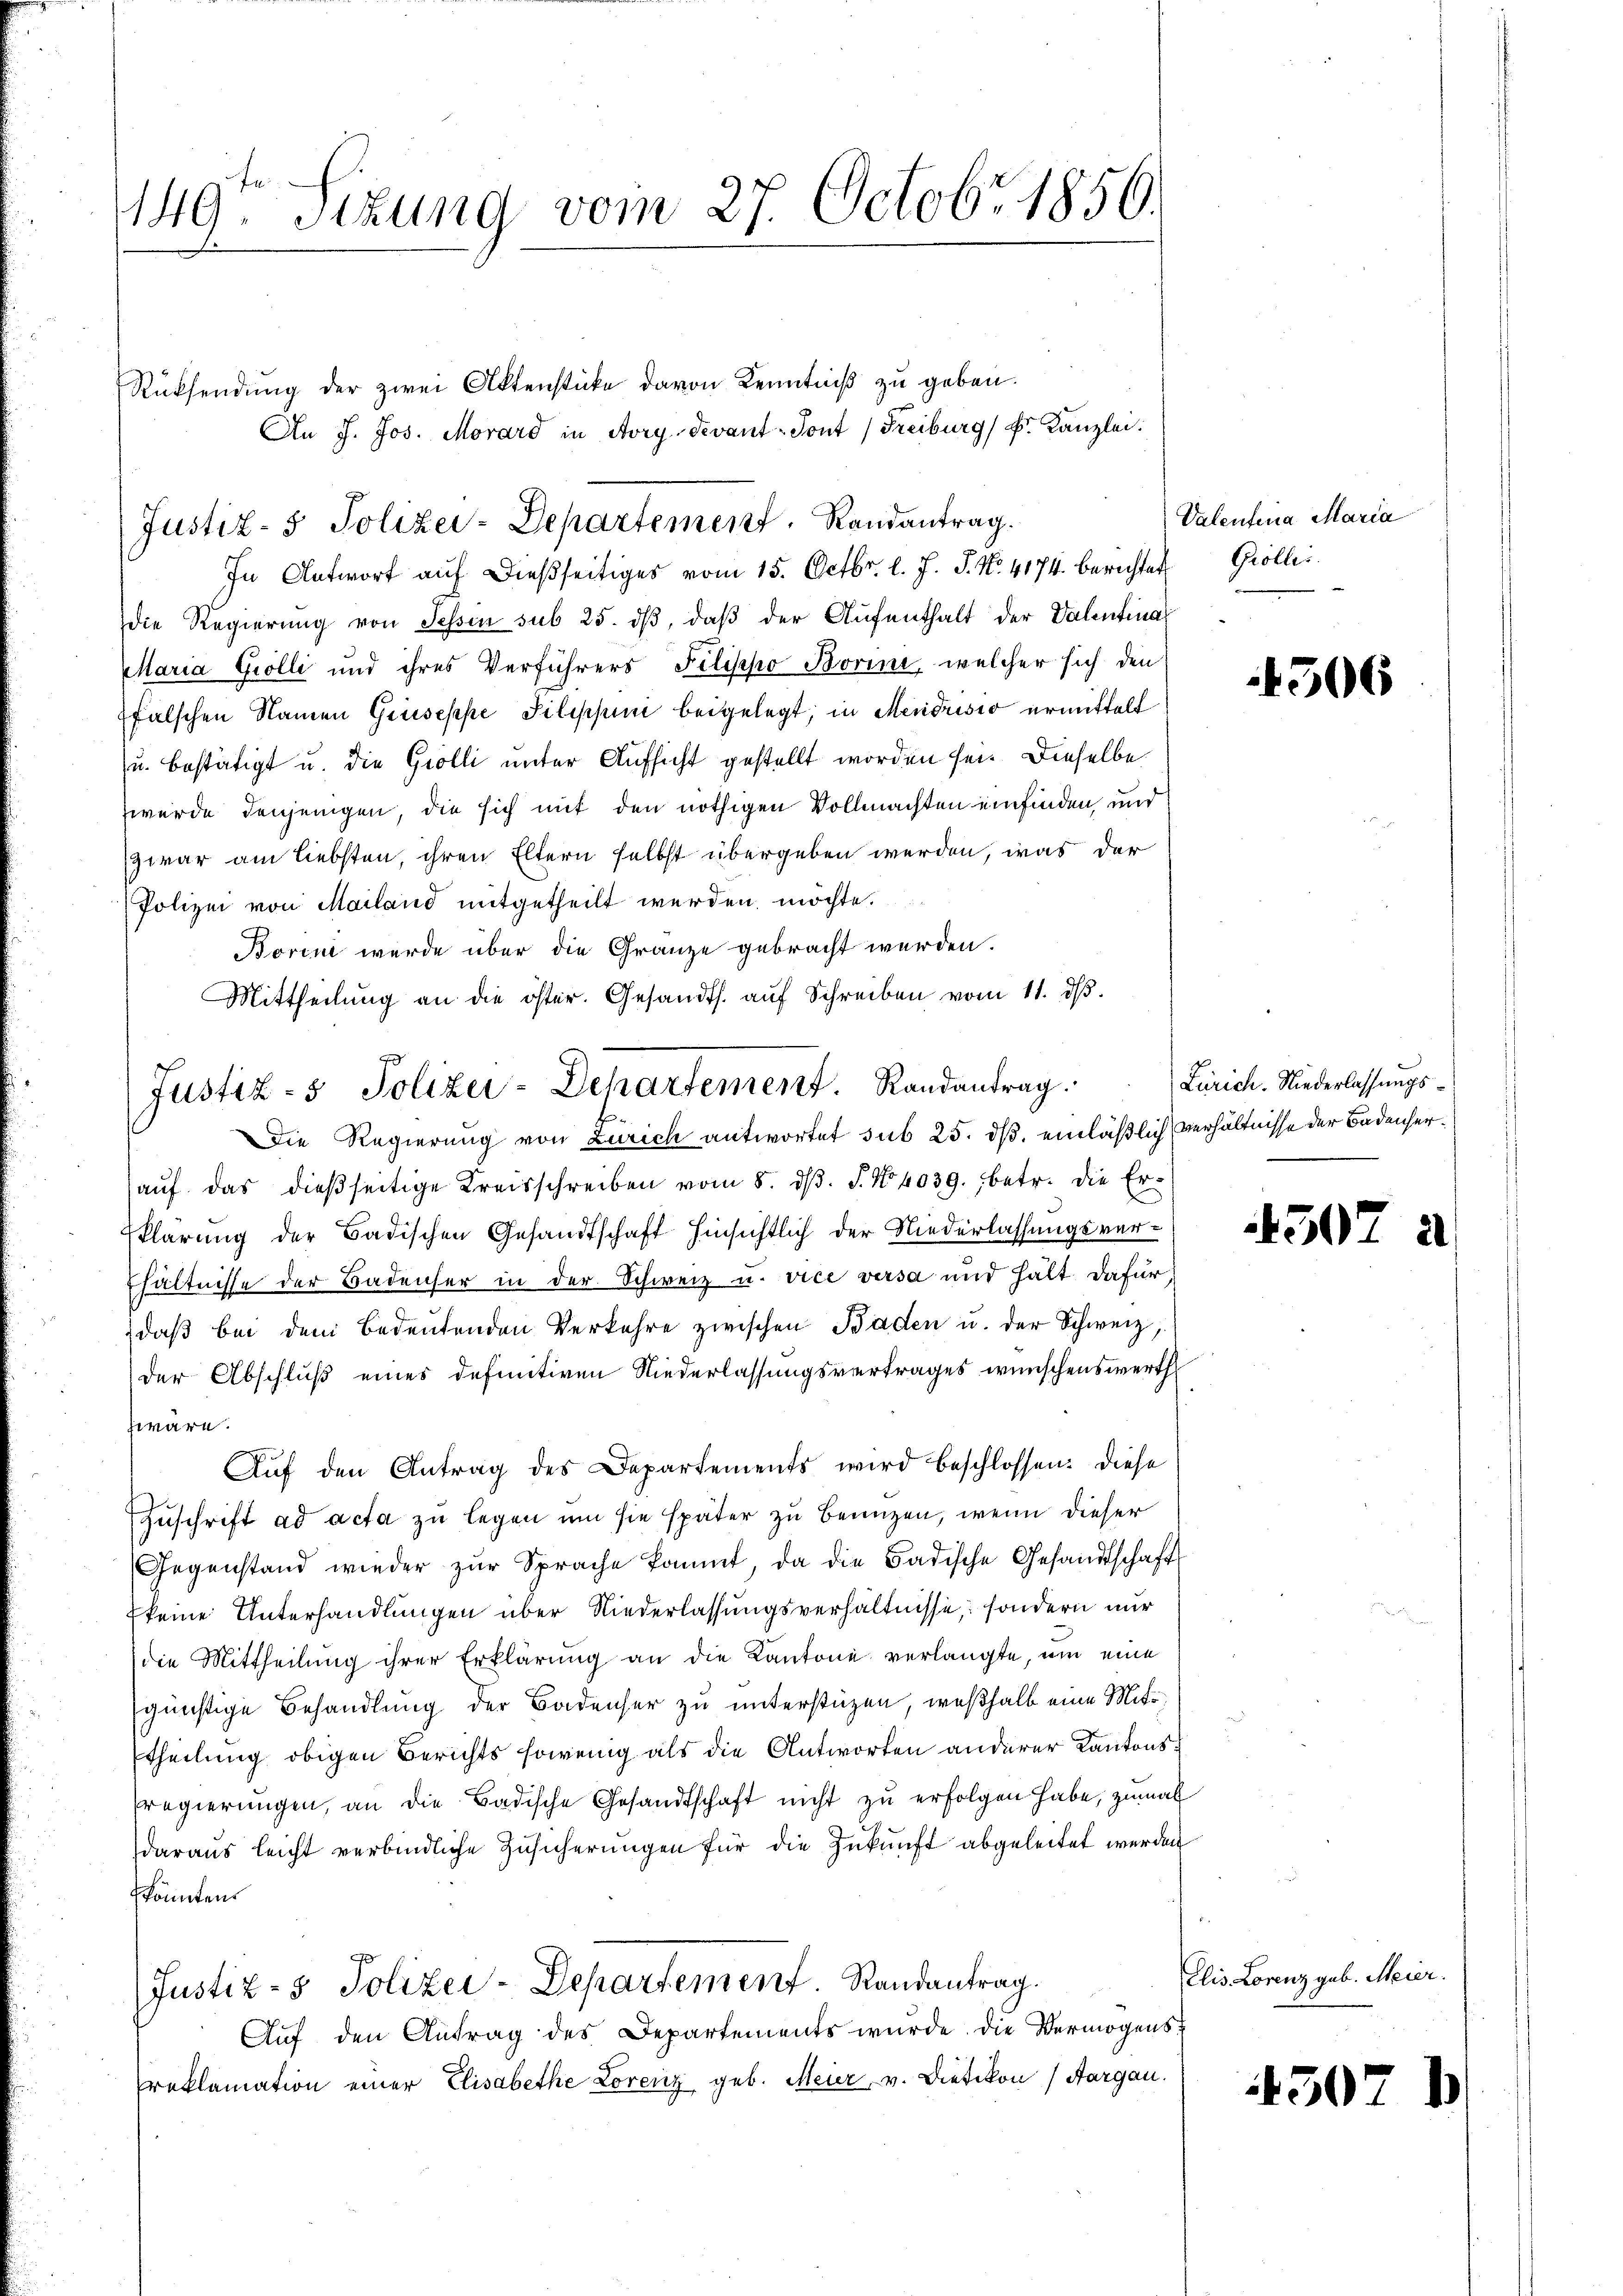
1149. Sizung vom 27. Octobr. 1856.

Rücksendung der zwei Aktenstücke davon Kenntniß zu geben.
die Regierŭng von Tessin sub 25. dβ, daβ der Aŭfenthalt der Valentina
Maria Grolli und ihres Verführers Filippo Borini, welcher sich den
falschen Namen Gruseppe Pilippini beigelegt; in Mendrisis ermittelt
u. bestätigt u. die Grolli unter Aufsicht gestellt worden sei. Dieselbe
wurde denjenigen, die sich mit den nöthigen Vollmachten einfinden und
zwar am liebsten, ihren Eltern selbst übergeben werden, was der
Polizei von Mailand mitgetheilt werden möchte.
Borin werde über die Gränze gebracht werden.
Mittheilung an die öster. Gesandts. auf Schreiben vom 11. dβ.
Die Regierung von Zürich antwortet sub 25. ds. einläßlich verhältnisse der Badenheraŭf das dießseitige Kreisschreiben vom 8. dβ. P. Nr. 4039., betr. die Erklärung der Badischen Gesandtschaft hinsichtlich der Niederlassungsver¬
Ehältnisse der Badenser in der Schweiz u. vice versa und hält dafür
daß bei dem Bedeutenden Verkehre zwischen Baden u. der Schweiz,
der Abschluß eines definitiven Niederlassungsvertrages wünschenswerth
zware.
Auf den Antrag des Departements wird beschlossen: Diese
Zuschrift ad acta zu legen um sie später zu Benuzen, wenn dieser
Gegenstand wieder zŭr Sprache kommt, da die Badische Gesandtschaft
keine Unterhandlungen über Niederlassungsverhältnisse, sondern nur
die Mittheilung ihrer Erklärung an die Kantone verlangte, um eine
günstige Behandlung der Badenser zu unterstüzen, weßhalb eine Mitttheilung obigen Berichts sowenig als die Antworten anderer Kantons
Pregierungen, an die Badische Gesandtschaft nicht zu erfolgen habe, zumal
daraus leicht verbindliche Zusicherungen für die Zukunft abgeleitet werden
könnten
Justiz- & Polizei-Departement Randantrag.
Auf den Antrag des Departements wurde. Die Vermögensreklamation einer Elisabethe Lorenz geb. Meier, v. Dietikon (Aargau.

An J. Jos. Morard in Avry devant-Tont) Freiburg k. Kanzlei.
Justiz- & Polizei-Departement. Randantrag.
In Antwort aŭf dießseitiges vom 15. Octbr. l. J. J. N. 4174. berichtet

Justiz- & Polizei-Departement. Randantrag.

Valentena Maria
Gröller.

4506

Zürich. Niederlassungs¬

4302

50

2

Elis Lorenz geb. Meier.